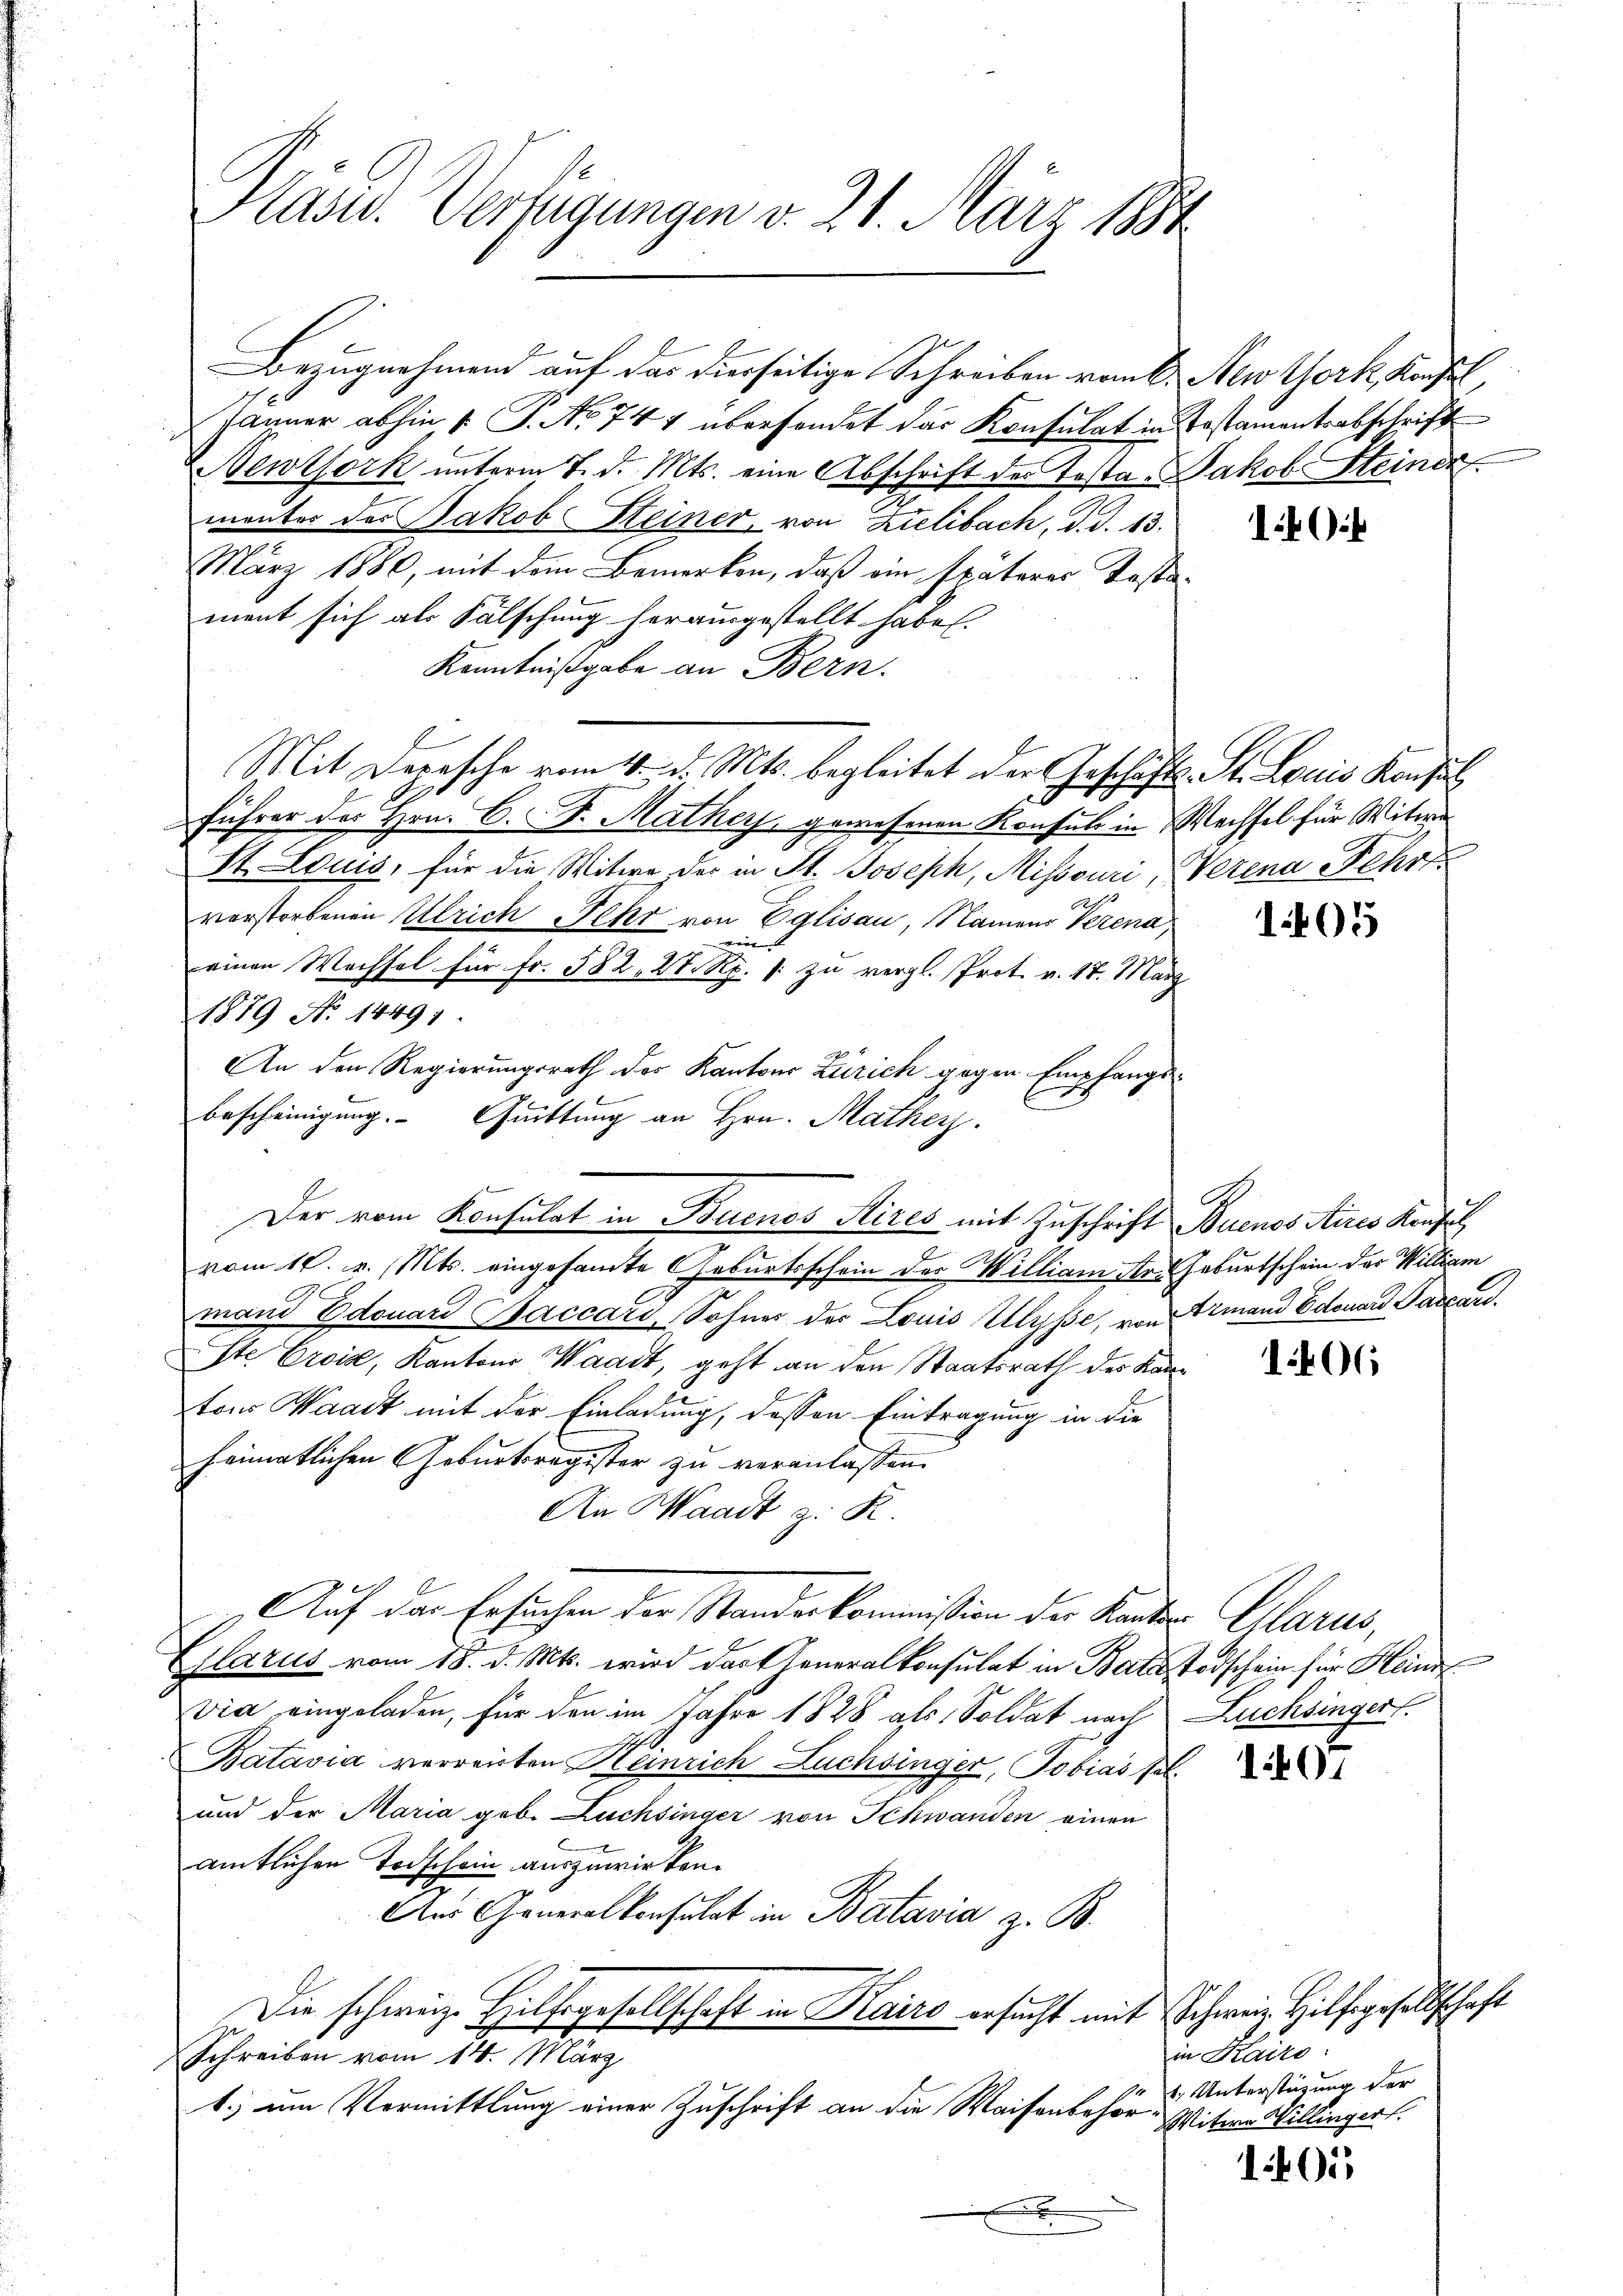
Klass. Verfügungen v. 21. März 1884

Bezugnahmend auf das dierseitige Schreiben vom 6. New York, Konfl
 Jänner abhin 1. P. No 744 überhandet der Konsulat in Testamentsabschrift
Newtork unterm 7. d. Mts. eine Abschrift der Testa-Jakob Steiner
munter des Jakob Steiner, von Zielibach, d. d. 13.
März 1880, mit dem Bemerken, daß ein späterer Testament sich als Fälschung herausgestellt habe.
Kenntnißgabe an Bern.
Mit Depesche vom 4. d. Mts. begleitet der Geschäfts-St. Louis Konsul
Ich
Führer des Hrn. C. F. Mather, gewesenen Konsuls in Wechsel für Witwe
St. Louis, für die Witwe der in St. Joseph, Missouri, Verena Sehr
1
A
verstorbenen Ulrich Fehr von Eglisau, Namens Verena,
e
einen Wechsel für Fr. 582, 2. Rp. p. zu vergl. Prot. v. 17. März
1879 No 14491.
An den Regierungsrath des Kantons Zürich gegen Empfangs-
Bescheinigung. Quittung an Hrn. Mathes.
vom 10. v. Mts. eingesamte Geburtsschein der William Ar. Geburtschein der William
mand Edouard Saccard, Sohnes der Louis Ulysse, von Armand Edouard Paccard
Ste Croix, Kantons Waadt, geht an den Staatsrath des Kantons Waadt mit der Einladung, dessen Eintragung in die
heimatlichen Geburtsregister zu veranlassen.
An Waadt z. R.
Auf der Ersuchen der Standeskommißion der Kanton Glarus,
Glarus vom 18. d. Mts. wird der Generalkonsulat in Batz, Todschein für Heinr
vie eingeladen, für den im Jahre 1828 als Soldat nach Lucksinger.
Batavia verreisten Heinrich Luchsinger, Tobias sol¬
und der Maria geb. Lachsinger von Schwanden einen
amtlichen Todschein auszuwirken.
Aus Generalkonsulat in Batavia z. B.
Die schweiz. Hilfsgesellschaft in Kairo ersucht mit Schweiz. Hilfegesellschaft
Schreiben vom 14. März
t.) um Vermittlung einer Zuschrift an die Waisenbehör¬
.

Der vom Konsulat in Buenos Aires mit Zuschrift Buenos Aires Konfes

140

1405

106

01

in Raito:
1. Unterstüzung der
Witwe Willinger.

1401